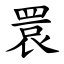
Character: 睘